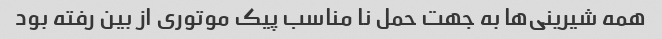
همه شیرینی‌ها به جهت حمل نا مناسب پیک موتوری از بین رفته بود